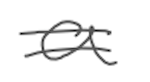
Text: a
Cross-out: double-line
Writing tool: digital_gray